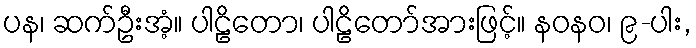
ပန၊ ဆက်ဦးအံ့။ ပါဠိတော၊ ပါဠိတော်အားဖြင့်။ နဝနဝ၊ ၉-ပါး,